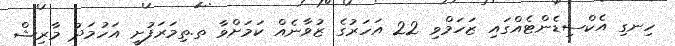
ހިނގި އެކްސިޑެންޓެއްގައި ޒަހަމްވި 22 އަހަރުގެ ޒުވާނެއް ކަމަށްވާ ތ.ތިމަރަފުށީ އަހުމަދު މާރިޝް